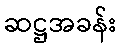
ဆဋ္ဌအခန်း